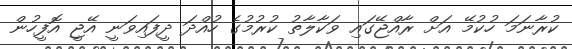
ކުރާނަމަ ހުކުމޭ އަށް ރާއްޖޭގައި ވަކާލާތު ކުރުމުގެ ހުއްދަ ދީފައިވަނީ އޭޖީ އޮފީހުން